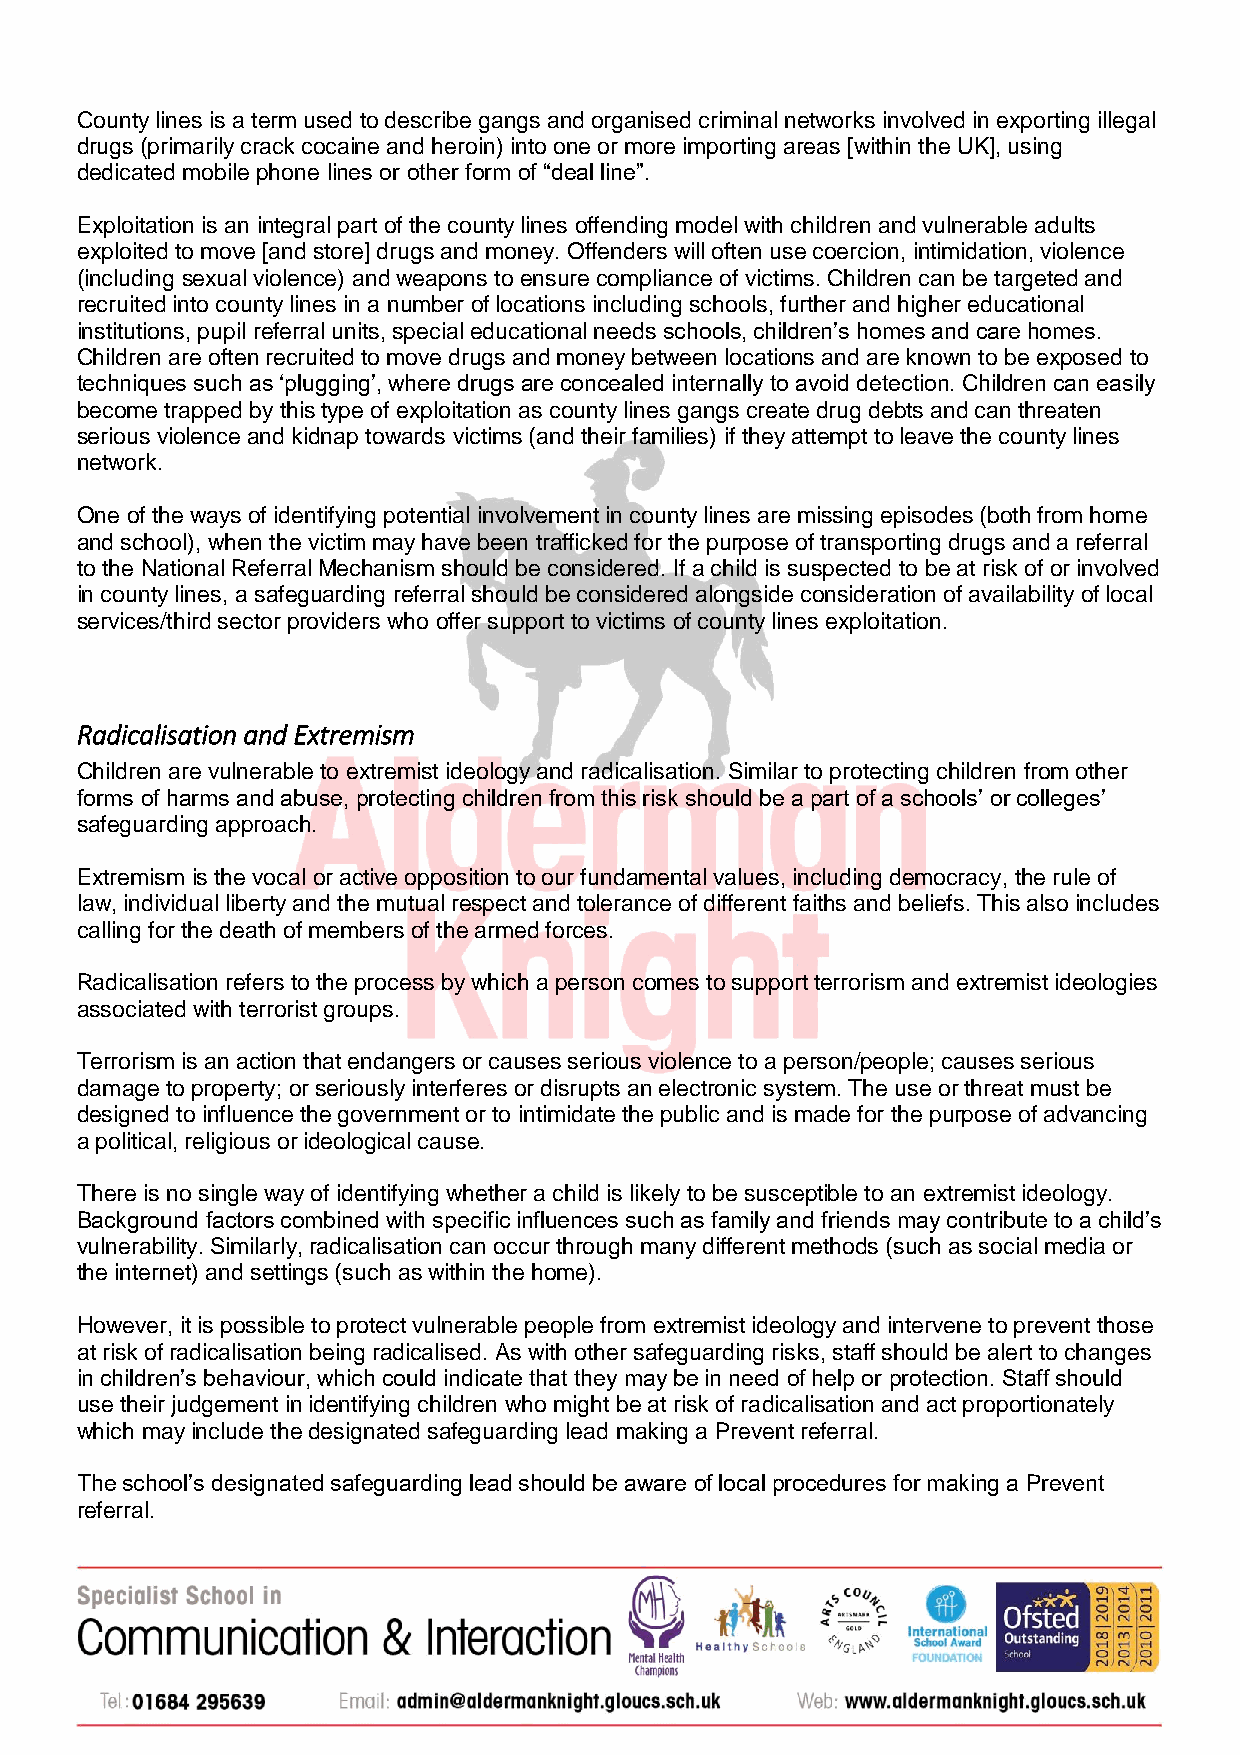
County lines is a term used to describe gangs and organised criminal networks involved in exporting illegal
 drugs (primarily crack cocaine and heroin) into one or more importing areas [within the UK], using
 dedicated mobile phone lines or other form of “deal line”.
 Exploitation is an integral part of the county lines offending model with children and vulnerable adults
 exploited to move [and store] drugs and money. Offenders will often use coercion, intimidation, violence
 (including sexual violence) and weapons to ensure compliance of victims. Children can be targeted and
 recruited into county lines in a number of locations including schools, further and higher educational
 institutions, pupil referral units, special educational needs schools, children’s homes and care homes.
 Children are often recruited to move drugs and money between locations and are known to be exposed to
 techniques such as ‘plugging’, where drugs are concealed internally to avoid detection. Children can easily
 become trapped by this type of exploitation as county lines gangs create drug debts and can threaten
 serious violence and kidnap towards victims (and their families) if they attempt to leave the county lines
 network.
 One of the ways of identifying potential involvement in county lines are missing episodes (both from home
 and school), when the victim may have been trafficked for the purpose of transporting drugs and a referral
 to the National Referral Mechanism should be considered. If a child is suspected to be at risk of or involved
 in county lines, a safeguarding referral should be considered alongside consideration of availability of local
 services/third sector providers who offer support to victims of county lines exploitation.
 Radicalisation and Extremism
 Children are vulnerable to extremist ideology and radicalisation. Similar to protecting children from other
 forms of harms and abuse, protecting children from this risk should be a part of a schools’ or colleges’
 safeguarding approach.
 Extremism is the vocal or active opposition to our fundamental values, including democracy, the rule of
 law, individual liberty and the mutual respect and tolerance of different faiths and beliefs. This also includes
 calling for the death of members of the armed forces.
 Radicalisation refers to the process by which a person comes to support terrorism and extremist ideologies
 associated with terrorist groups.
 Terrorism is an action that endangers or causes serious violence to a person/people; causes serious
 damage to property; or seriously interferes or disrupts an electronic system. The use or threat must be
 designed to influence the government or to intimidate the public and is made for the purpose of advancing
 a political, religious or ideological cause.
 There is no single way of identifying whether a child is likely to be susceptible to an extremist ideology.
 Background factors combined with specific influences such as family and friends may contribute to a child’s
 vulnerability. Similarly, radicalisation can occur through many different methods (such as social media or
 the internet) and settings (such as within the home).
 However, it is possible to protect vulnerable people from extremist ideology and intervene to prevent those
 at risk of radicalisation being radicalised. As with other safeguarding risks, staff should be alert to changes
 in children’s behaviour, which could indicate that they may be in need of help or protection. Staff should
 use their judgement in identifying children who might be at risk of radicalisation and act proportionately
 which may include the designated safeguarding lead making a Prevent referral.
 The school’s designated safeguarding lead should be aware of local procedures for making a Prevent
 referral.